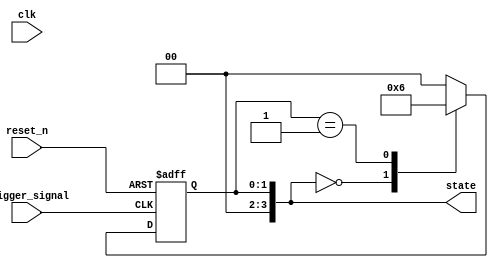
module negative_edge_trigger (
    input wire clk,            // Clock signal
    input wire reset_n,       // Active-low reset signal
    input wire trigger_signal, // The signal that triggers on negative edge
    output reg [3:0] state    // 4-bit state register
);

// State definitions
parameter IDLE    = 4'b0000;
parameter ACTIVE  = 4'b0001;
parameter COMPLETE = 4'b0010;

// Initial state
initial begin
    state = IDLE;
end

// Always block sensitive to the negative edge of trigger_signal
always @(negedge trigger_signal or negedge reset_n) begin
    if (!reset_n) begin
        // Asynchronously reset state to IDLE when reset is asserted
        state <= IDLE;
    end else begin
        // Logic executed on the negative edge of trigger_signal
        case (state)
            IDLE: begin
                // Transition to ACTIVE state on negative edge
                state <= ACTIVE;
            end
            ACTIVE: begin
                // Perform some action in ACTIVE state
                // Example: Here we could have some computation
                // After completing the action, transition to COMPLETE
                state <= COMPLETE;
            end
            COMPLETE: begin
                // Return to IDLE state or remain in COMPLETE based on conditions
                state <= IDLE; // Example behavior, could be changed as needed
            end
            default: begin
                state <= IDLE; // Fallback to IDLE for safety
            end
        endcase
    end
end

endmodule